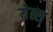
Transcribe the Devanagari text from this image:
येत्स